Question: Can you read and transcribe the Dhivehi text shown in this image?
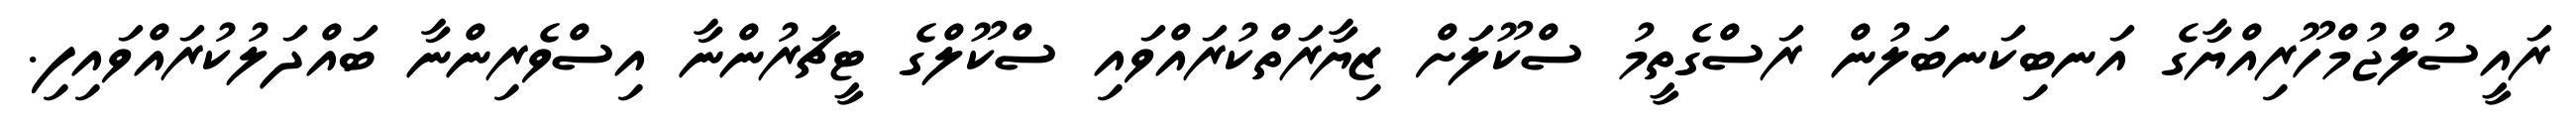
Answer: ރައީސުލްޖުމްހޫރިއްޔާގެ އަނބިކަނބަލުން ރަސްގެތީމު ސްކޫލަށް ޒިޔާރަތްކުރައްވައި ސްކޫލްގެ ޓީޗަރުންނާ އިސްވެރިންނާ ބައްދަލުކުރައްވައިފި.